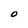
Character: O